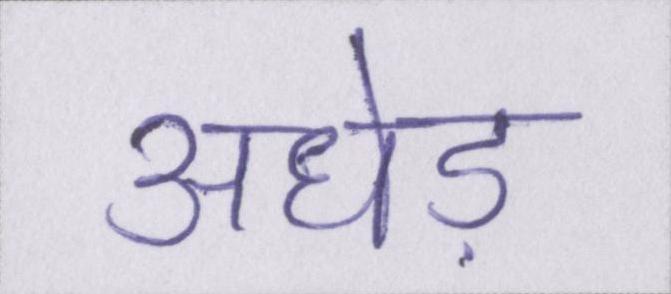
अधेड़